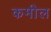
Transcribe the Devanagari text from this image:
कमील